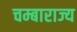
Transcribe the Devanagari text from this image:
चम्बाराज्य